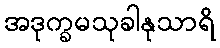
အဒုက္ခမသုခါနုသာရိ